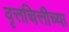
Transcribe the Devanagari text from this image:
वृत्तचित्तीच्या